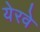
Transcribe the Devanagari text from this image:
येरवे